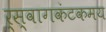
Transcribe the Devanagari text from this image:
र्स्वागकंटकमय